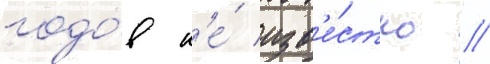
годо́в н'е́ изв'е́стно //